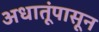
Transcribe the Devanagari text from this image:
अधातूंपासून